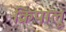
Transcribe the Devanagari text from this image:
क्रिपालू